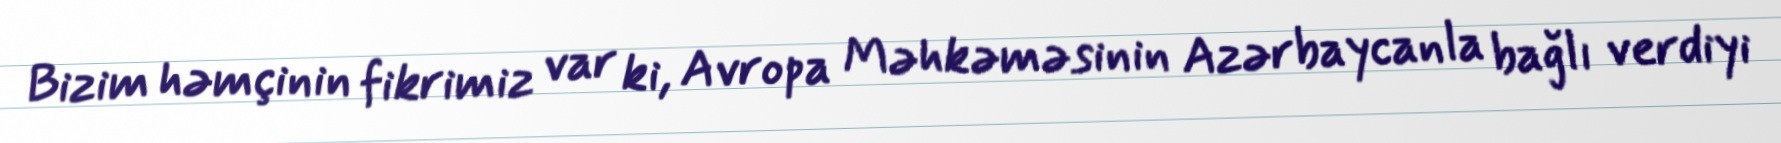
Bizim həmçinin fikrimiz var ki, Avropa Məhkəməsinin Azərbaycanla bağlı verdiyi